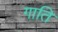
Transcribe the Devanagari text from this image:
गाति